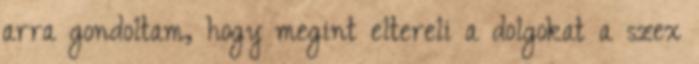
arra gondoltam, hogy megint eltereli a dolgokat a szex